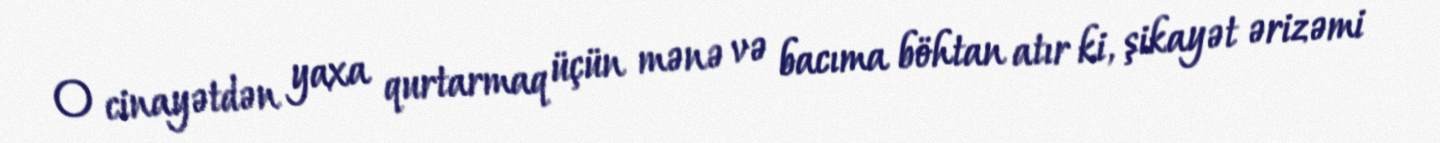
O cinayətdən yaxa qurtarmaq üçün mənə və bacıma böhtan atır ki, şikayət ərizəmi